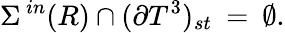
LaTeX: \Sigma^{\, in}(R)\cap(\partial{T}^{3})_{st}\: =\: \emptyset.